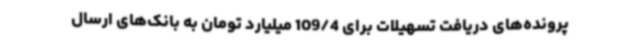
پرونده‌های دریافت تسهیلات برای 109/4 میلیارد تومان به بانک‌های ارسال